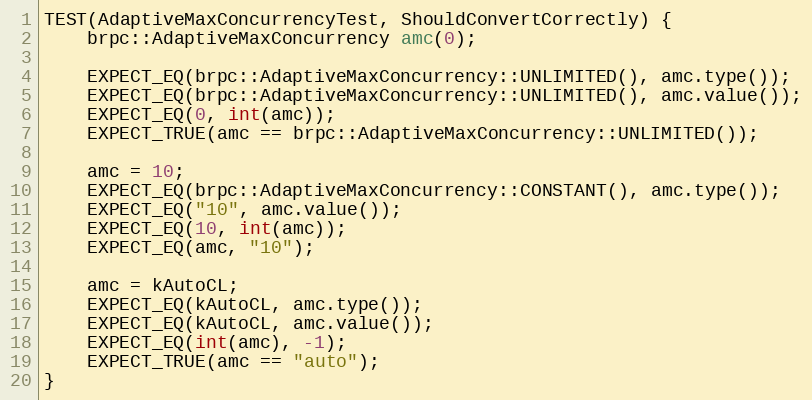
Language: C++
TEST(AdaptiveMaxConcurrencyTest, ShouldConvertCorrectly) {
    brpc::AdaptiveMaxConcurrency amc(0);

    EXPECT_EQ(brpc::AdaptiveMaxConcurrency::UNLIMITED(), amc.type());
    EXPECT_EQ(brpc::AdaptiveMaxConcurrency::UNLIMITED(), amc.value());
    EXPECT_EQ(0, int(amc));
    EXPECT_TRUE(amc == brpc::AdaptiveMaxConcurrency::UNLIMITED());

    amc = 10;
    EXPECT_EQ(brpc::AdaptiveMaxConcurrency::CONSTANT(), amc.type());
    EXPECT_EQ("10", amc.value());
    EXPECT_EQ(10, int(amc));
    EXPECT_EQ(amc, "10");

    amc = kAutoCL;
    EXPECT_EQ(kAutoCL, amc.type());
    EXPECT_EQ(kAutoCL, amc.value());
    EXPECT_EQ(int(amc), -1);
    EXPECT_TRUE(amc == "auto");
}